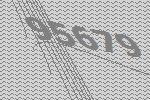
95679